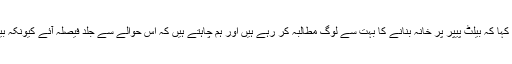
الیکشن کمیشن کے سیکریٹری نے کہا کہ بیلٹ پیپر پر خانہ بنانے کا بہت سے لوگ مطالبہ کر رہے ہیں اور ہم چاہتے ہیں کہ اس حوالے سے جلد فیصلہ آئے کیونکہ بیلٹ پیپر جلد ہی چھاپے جائیں گے۔